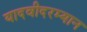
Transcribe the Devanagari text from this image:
यादवीदरम्यान